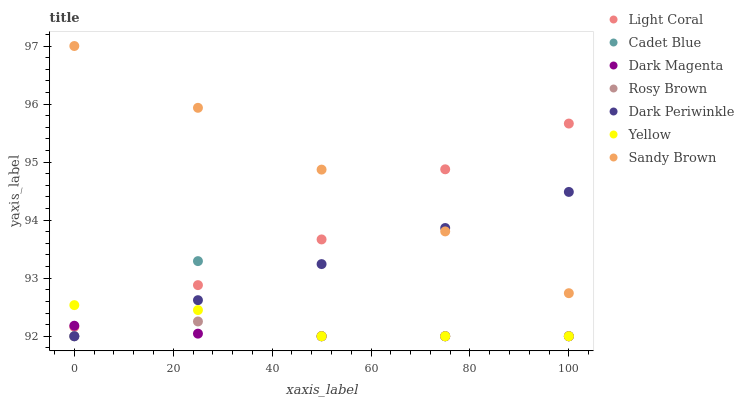
| xaxis_label | Light Coral | Cadet Blue | Dark Magenta | Rosy Brown | Dark Periwinkle | Yellow | Sandy Brown |
 | --- | --- | --- | --- | --- | --- | --- | --- |
 | 0 | 92.2 | 92 | 92.2 | 92 | 92 | 92.5 | 97 |
 | 25 | 92.9 | 93.3 | 92 | 92.3 | 92.6 | 92.5 | 95.9 |
 | 50 | 93.7 | 92 | 92 | 92 | 93.2 | 92 | 94.9 |
 | 75 | 94.9 | 92 | 92 | 92 | 93.9 | 92 | 93.8 |
 | 100 | 95.7 | 92 | 92 | 92 | 94.5 | 92 | 92.7 |